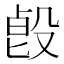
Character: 㲃